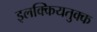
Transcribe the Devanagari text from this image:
इलक्कियतुक्क